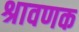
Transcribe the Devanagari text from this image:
श्रावणक